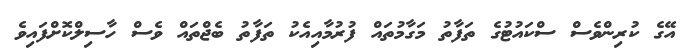
އޭގެ ކުރިންވެސް ސްކައުޓުގެ ތަފާތު މަގާމުތައް ފުރުމާއިއެކު ތަފާތު ބެޖްތައް ވެސް ހާސިލްކޮށްފައިވެ